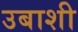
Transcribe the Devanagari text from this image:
उबाशी